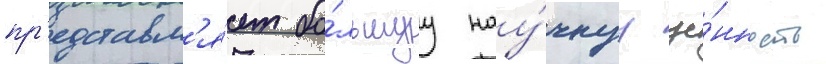
пр'едставл'я́ет бо́льшуу нау́чнуу це́нность